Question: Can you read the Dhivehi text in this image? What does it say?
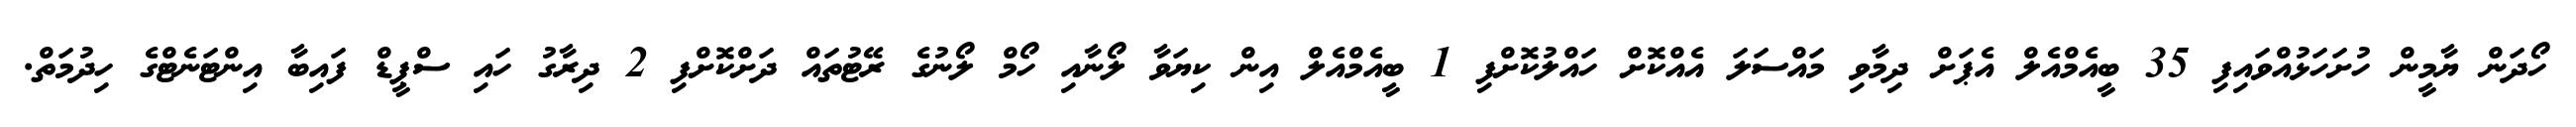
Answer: ހޯދަން ޔާމީން ހުށަހަޅުއްވައިފި 35 ބީއެމްއެލް އެޕަށް ދިމާވި މައްސަލަ އެއްކޮށް ހައްލުކޮށްފި 1 ބީއެމްއެލް އިން ކިޔަވާ ލޯނާއި ހޯމް ލޯނުގެ ރޭޓުތައް ދަށްކޮށްފި 2 ދިރާގު ހައި ސްޕީޑް ފައިބާ އިންޓަނެޓްގެ ހިދުމަތް.